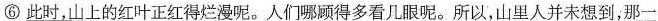
⑥\underline{此时，山上的红叶正红得烂漫呢。}人们哪顾得多看几眼呢。所以，山里人并未想到，\underline{那一}